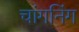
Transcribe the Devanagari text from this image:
चांगनिंग